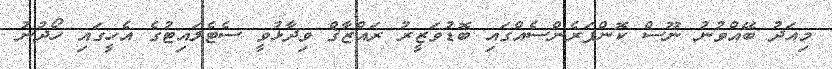
މިއަދު ބޭއްވުނު ނޫސް ކޮންފަރެންސެއްގައި ބޮޑުވަޒީރު ރައްޒާޤް ވިދާޅުވީ ސެޓެލައިޓުގެ އެހީގައި ހޯދުނު